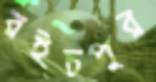
রইচপুর